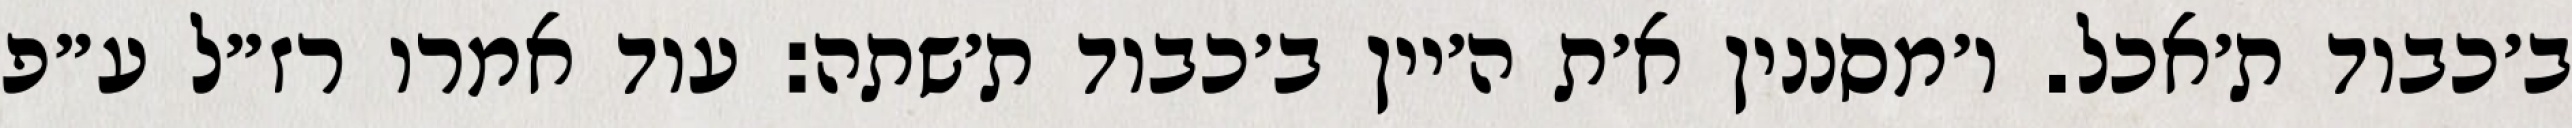
ב׳כבוד ת׳אכל. ו׳מסננין א׳ת ה׳יין ב׳כבוד ת׳שתה: עוד אמרו רז״ל ע״פ